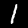
Digit: 1